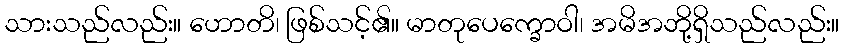
သားသည်လည်း။ ဟောတိ၊ ဖြစ်သင့်၏။ မာတုပေက္ခောဝါ၊ အမိအဘို့ရှိသည်လည်း။